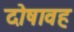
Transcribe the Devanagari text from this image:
दोषावह